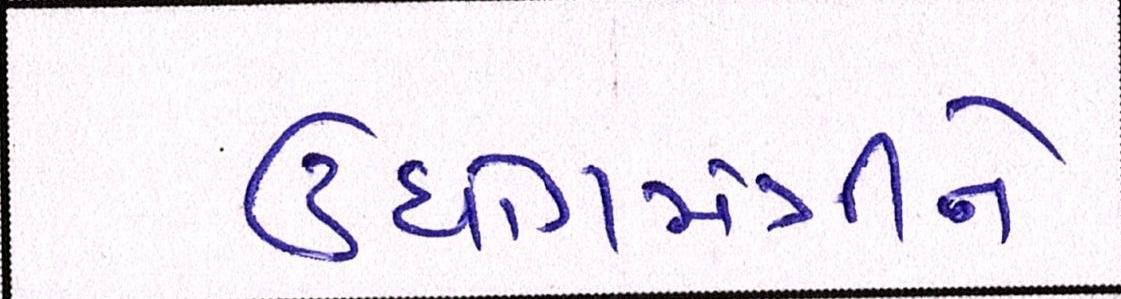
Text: ઉધોગમંત્રીને